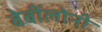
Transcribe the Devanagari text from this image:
बेबींलोनी